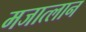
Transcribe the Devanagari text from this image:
मजात्लान